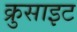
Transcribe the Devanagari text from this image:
क्रुसाइट